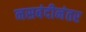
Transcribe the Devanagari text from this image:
नसबंदीनंतर